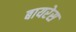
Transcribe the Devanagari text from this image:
बायरेस